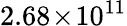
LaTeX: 2.68\! \times\! 10^{11}